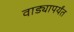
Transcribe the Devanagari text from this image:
वाड्यापर्यंत